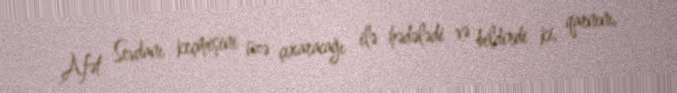
Afət Sevdanı keçmişini üzə çıxaracağı ilə hədələdi və bildirdi ki, qarnını,